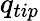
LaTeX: q_{tip}